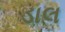
ડાલ